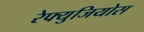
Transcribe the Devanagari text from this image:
रेफ्युजियोस